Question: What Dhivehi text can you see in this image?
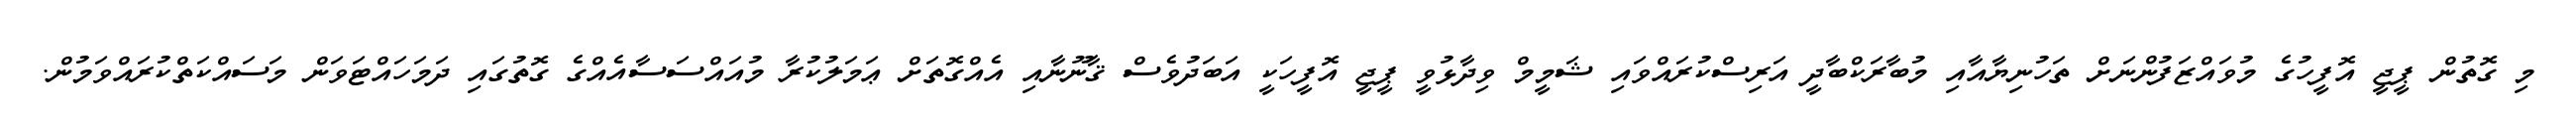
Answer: މި ގޮތުން ޕީޖީ އޮފީހުގެ މުވައްޒަފުންނަށް ތަހުނިޔާއާއި މުބާރަކްބާދީ އަރިސްކުރައްވައި ޝަމީމް ވިދާޅުވީ ޕީޖީ އޮފީހަކީ އަބަދުވެސް ޤާނޫނާއި އެއްގޮތަށް ޢަމަލުކުރާ މުއައްސަސާއެއްގެ ގޮތުގައި ދަމަހައްޓަވަން މަސައްކަތްކުރައްވަމުން.